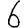
Digit: 6